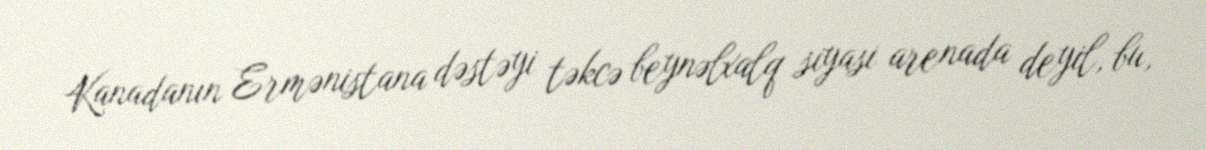
Kanadanın Ermənistana dəstəyi təkcə beynəlxalq siyasi arenada deyil, bu,